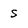
Character: s